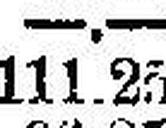
111.25